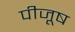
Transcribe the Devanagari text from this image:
पीजूष